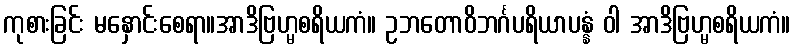
ကုစားခြင်း မနှောင်းစေရာ။အာဒိဗြဟ္မစရိယကံ။ ဥဘတောဝိဘင်္ဂပရိယာပန္နံ ဝါ အာဒိဗြဟ္မစရိယကံ။